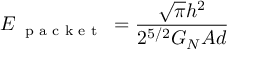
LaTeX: E _ { \textup { \scriptsize { p a c k e t } } } = \frac { \sqrt { \pi } h ^ { 2 } } { 2 ^ { 5 / 2 } G _ { N } A d }